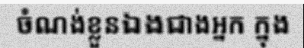
ចំណង់ខ្លួនឯងជាងអ្នក ក្នុង